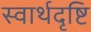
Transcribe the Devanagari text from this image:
स्वार्थदृष्टि